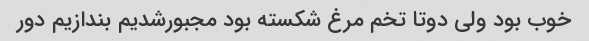
خوب بود ولی دوتا تخم مرغ شکسته بود مجبورشدیم بندازیم دور